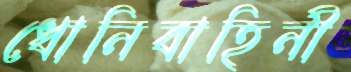
ধোনিবাহিনী